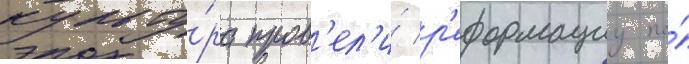
культу́ра пров'ел'и́ р'еформациу по́